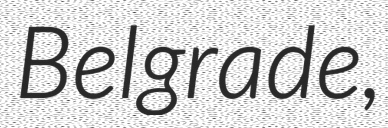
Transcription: Belgrade,